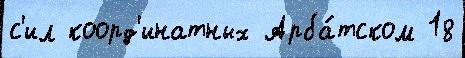
с'ил коорд'инатных Арба́тском 18